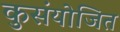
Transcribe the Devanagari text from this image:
कुसंयोजित